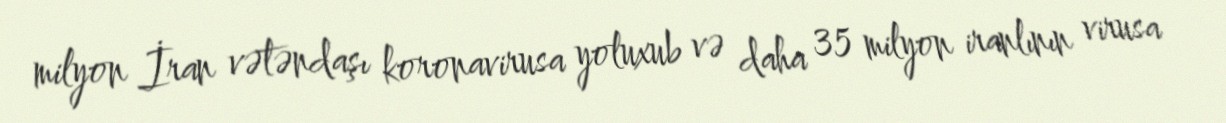
milyon İran vətəndaşı koronavirusa yoluxub və daha 35 milyon iranlının virusa